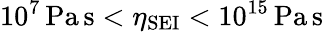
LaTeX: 10^{7}\, \mathrm{Pa\, s}<\eta_{\mathrm{SEI}}<10^{15}\, \mathrm{Pa\, s}